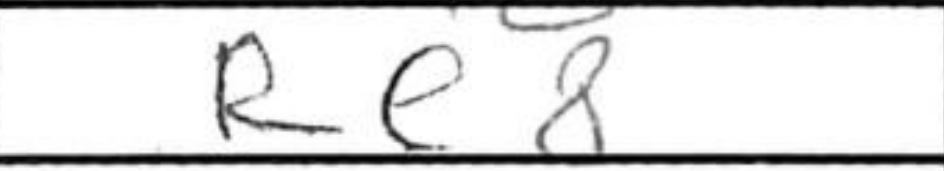
Transcription: Re8